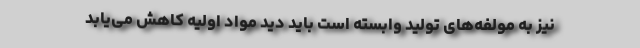
نیز به مولفه‌های تولید وابسته است باید دید مواد اولیه کاهش می‌یابد